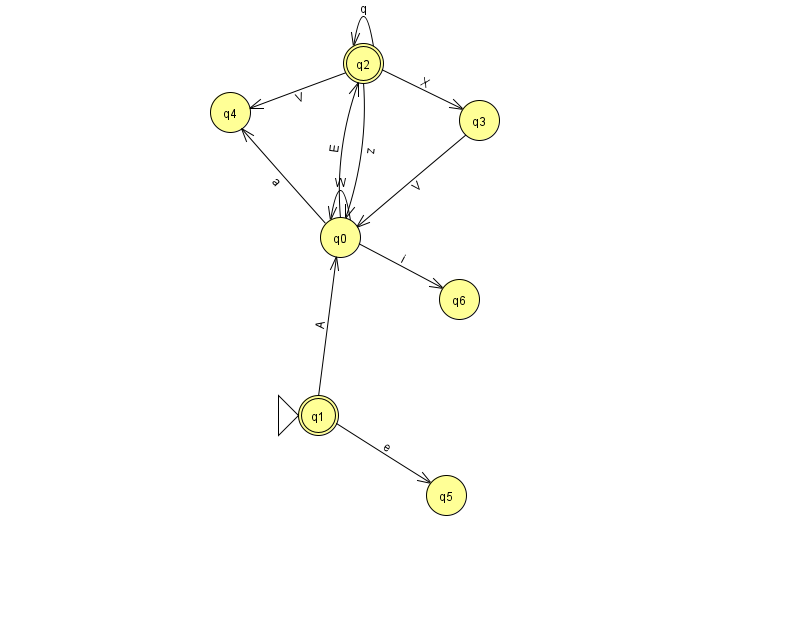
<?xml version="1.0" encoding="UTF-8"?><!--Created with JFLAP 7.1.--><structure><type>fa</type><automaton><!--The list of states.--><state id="0" name="q0"><x>340.0</x><y>224.0</y></state><state id="1" name="q1"><x>318.0</x><y>402.0</y><initial/><final/></state><state id="2" name="q2"><x>363.0</x><y>50.0</y><final/></state><state id="3" name="q3"><x>479.0</x><y>107.0</y></state><state id="4" name="q4"><x>230.0</x><y>99.0</y></state><state id="5" name="q5"><x>446.0</x><y>482.0</y></state><state id="6" name="q6"><x>459.0</x><y>286.0</y></state><!--The list of transitions.--><transition><from>2</from><to>2</to><read>q</read></transition><transition><from>0</from><to>6</to><read>i</read></transition><transition><from>1</from><to>0</to><read>A</read></transition><transition><from>1</from><to>5</to><read>e</read></transition><transition><from>0</from><to>2</to><read>E</read></transition><transition><from>0</from><to>4</to><read>a</read></transition><transition><from>3</from><to>0</to><read>V</read></transition><transition><from>0</from><to>0</to><read>W</read></transition><transition><from>2</from><to>4</to><read>V</read></transition><transition><from>2</from><to>0</to><read>z</read></transition><transition><from>2</from><to>3</to><read>X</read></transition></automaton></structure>